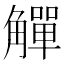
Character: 觶